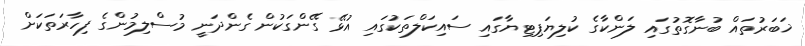
ޚަބަރުތައް ބުނާގޮތުގައި ލަންކާގެ ކުލިޔަޕިޓިޔާގައި ސައިކަލްތަކުގައި އުޅޭ ގޭންގަކުން ގެންދަނީ މުސްލިމުންގެ ފިހާރަތަކަށް